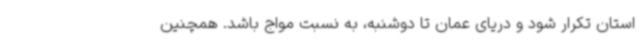
استان تکرار شود و دریای عمان تا دوشنبه، به نسبت مواج باشد. همچنین